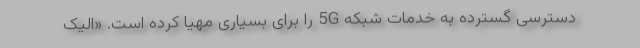
دسترسی گسترده به خدمات شبکه 5G را برای بسیاری مهیا کرده است. «الیک